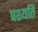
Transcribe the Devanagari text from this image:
पश्यति